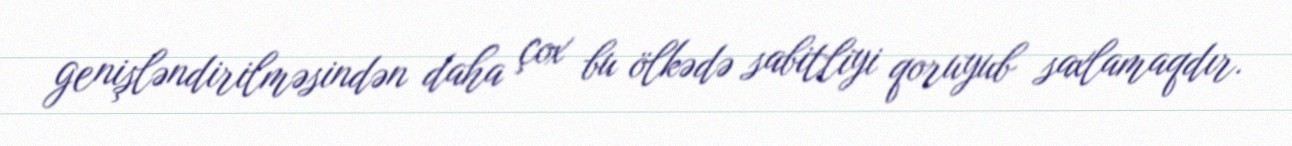
genişləndirilməsindən daha çox bu ölkədə sabitliyi qoruyub saxlamaqdır.